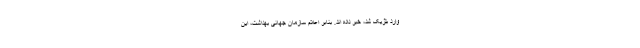
وارد بلژیک شد، خبر داده اند. بنابر اعلام سازمان جهانی بهداشت، این